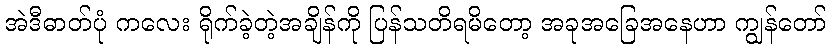
အဲဒီဓာတ်ပုံ ကလေး ရိုက်ခဲ့တဲ့အချိန်ကို ပြန်သတိရမိတော့ အခုအခြေအနေဟာ ကျွန်တော်